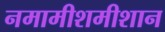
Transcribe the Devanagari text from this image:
नमामीशमीशान